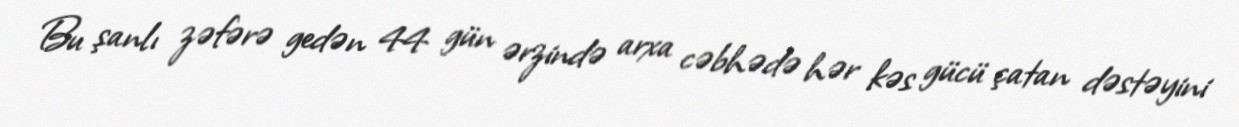
Bu şanlı zəfərə gedən 44 gün ərzində arxa cəbhədə hər kəs gücü çatan dəstəyini